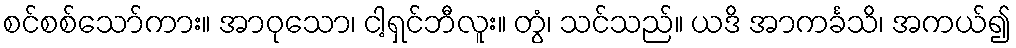
စင်စစ်သော်ကား။ အာဝုသော၊ ငါ့ရှင်ဘီလူး။ တွံ၊ သင်သည်။ ယဒိ အာကင်္ခသိ၊ အကယ်၍